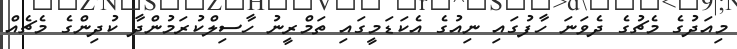
މިއަދުގެ މެޗުގެ ދެވަނަ ހާފުގައި ނިއުގެ އެކަޑަމީގައި ތަމްރީނު ހާސިލްކުރަމުންދާ ކުދިންގެ މެޗެއް